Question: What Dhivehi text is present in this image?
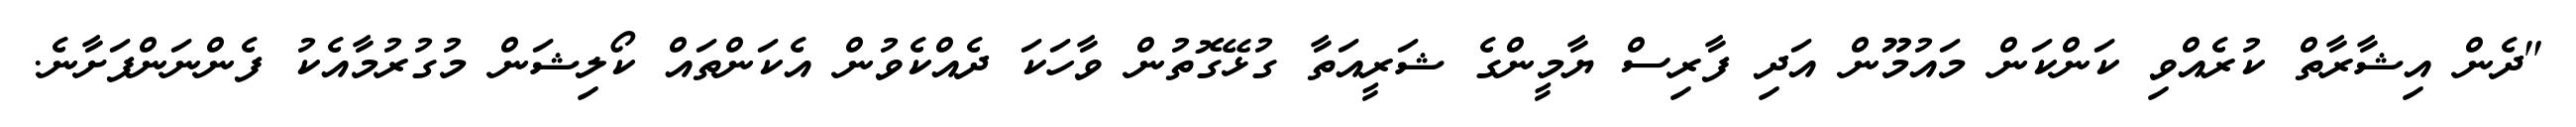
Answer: "ދެން އިޝާރާތް ކުރެއްވި ކަންކަން މައުމޫން އަދި ފާރިސް ޔާމީންގެ ޝަރީއަތާ ގުޅޭގޮތުން ވާހަކަ ދެއްކެވުން އެކަންތައް ކޯލިޝަން މުގުރުމާއެކު ފެންނަންފަށާނެ.